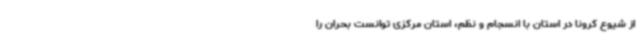
از شیوع کرونا در استان با انسجام و نظم، استان مرکزی توانست بحران را